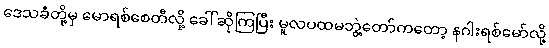
ဒေသခံတို့မှ မောရစ်စေတီလို့ ခေါ်ဆိုကြပြီး မူလပထမဘွဲ့တော်ကတော့ နဂါးရစ်မော်လို့